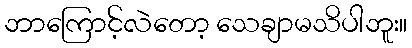
ဘာကြောင့်လဲတော့ သေချာမသိပါဘူး။